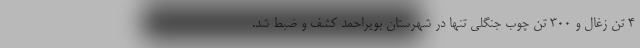
۴ تن زغال و ۳۰۰ تن چوب جنگلی تنها در شهرستان بویراحمد کشف و ضبط شد.